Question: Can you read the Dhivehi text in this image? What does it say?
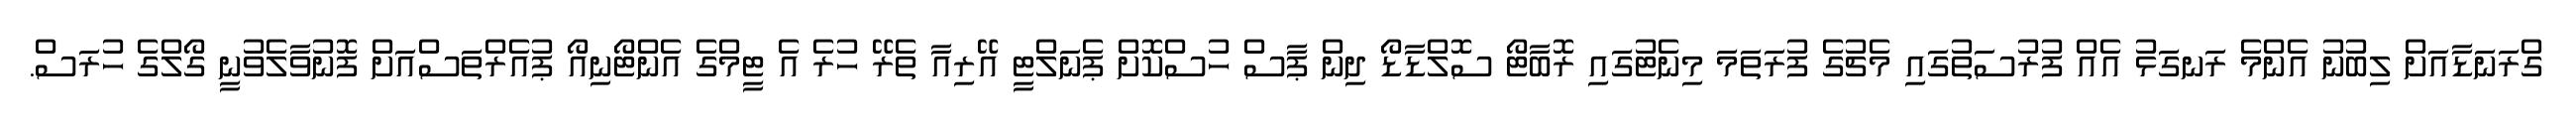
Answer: ގްރަނަޑާއަށް ލިބުނު އެންމެ ރަނގަޅު އެއް ފުރުސަތުގައި މެޗުގެ ފުރަތަމަ މިނެޓުގައި ރޮބާޓޯ ސޮލްޑާޑޯ ދިން ޕާސް ހުސްކޮށް ޕެނަލްޓީ އޭރިއާ ތެރޭ ހުރެ އެ ޓީމްގެ އެންޓޯނިއޯ ޕުއެރްތަސްއަށް ފޮނުވާލެވުނީ ގޯލްގެ ހުރަސް.